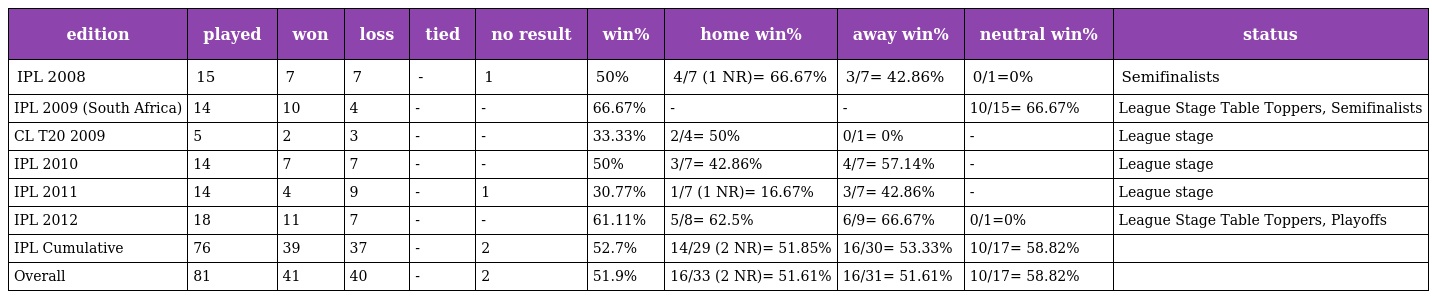
| edition | played | won | loss | tied | no result | win% | home win% | away win% | neutral win% | status |
 | --- | --- | --- | --- | --- | --- | --- | --- | --- | --- | --- |
 | IPL 2008 | 15 | 7 | 7 | - | 1 | 50% | 4/7 (1 NR)= 66.67% | 3/7= 42.86% | 0/1=0% | Semifinalists |
 | IPL 2009 (South Africa) | 14 | 10 | 4 | - | - | 66.67% | - | - | 10/15= 66.67% | League Stage Table Toppers, Semifinalists |
 | CL T20 2009 | 5 | 2 | 3 | - | - | 33.33% | 2/4= 50% | 0/1= 0% | - | League stage |
 | IPL 2010 | 14 | 7 | 7 | - | - | 50% | 3/7= 42.86% | 4/7= 57.14% | - | League stage |
 | IPL 2011 | 14 | 4 | 9 | - | 1 | 30.77% | 1/7 (1 NR)= 16.67% | 3/7= 42.86% | - | League stage |
 | IPL 2012 | 18 | 11 | 7 | - | - | 61.11% | 5/8= 62.5% | 6/9= 66.67% | 0/1=0% | League Stage Table Toppers, Playoffs |
 | IPL Cumulative | 76 | 39 | 37 | - | 2 | 52.7% | 14/29 (2 NR)= 51.85% | 16/30= 53.33% | 10/17= 58.82% |  |
 | Overall | 81 | 41 | 40 | - | 2 | 51.9% | 16/33 (2 NR)= 51.61% | 16/31= 51.61% | 10/17= 58.82% |  |